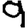
Digit: 9